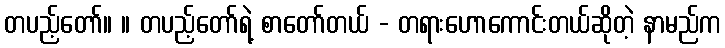
တပည့်တော်။ ။ တပည့်တော်ရဲ့ စာတော်တယ် - တရားဟောကောင်းတယ်ဆိုတဲ့ နာမည်က